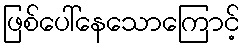
ဖြစ်ပေါ်နေသောကြောင့်